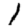
Digit: 1